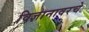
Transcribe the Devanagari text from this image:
विज्ञानावरचे